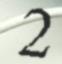
2